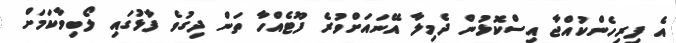
އެ ފިރިހެންކުއްޖާ އިސްކޮޅުން ދެމިލާ އޭނައަށްވުރެ ފޫޓެއްހާ ތަން ދިގުވެ ފާޅުގައި ލޯބިވާކަމަށް